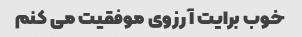
خوب برایت آرزوی موفقیت می کنم